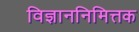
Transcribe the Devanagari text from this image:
विज्ञाननिमित्तक